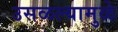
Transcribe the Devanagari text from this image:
उसळल्यामुळे